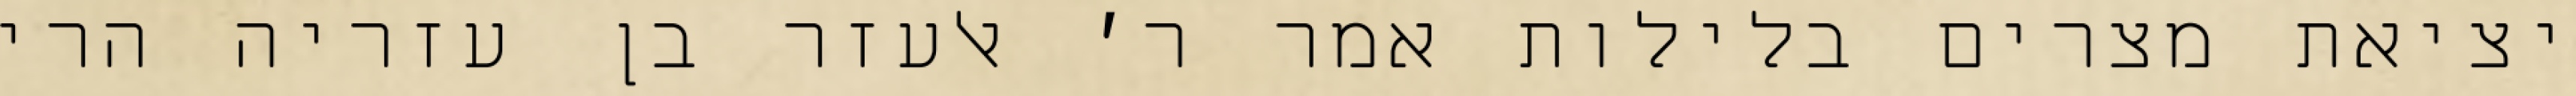
יציאת מצרים בלילות אמר ר׳ אלעזר בן עזריה הרי